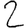
Digit: 2